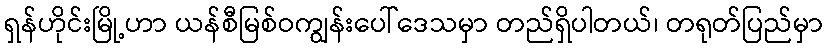
ရှန်ဟိုင်းမြို့ဟာ ယန်စီမြစ်ဝကျွန်းပေါ်ဒေသမှာ တည်ရှိပါတယ်၊ တရုတ်ပြည်မှာ